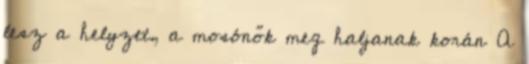
lesz a helyzet, a mosónők meg haljanak korán A